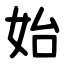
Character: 始